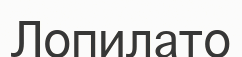
Лопилато